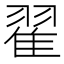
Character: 翟